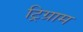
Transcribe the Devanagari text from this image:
ट्रिग्राम